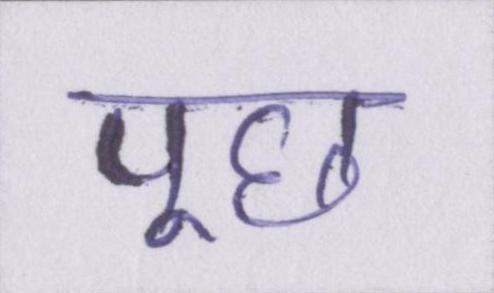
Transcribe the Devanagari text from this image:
पूछ